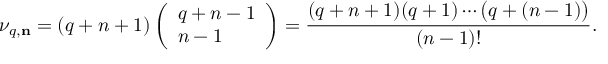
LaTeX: \nu _ { q , { \bf n } } = ( q + n + 1 ) \left( \begin{array} { l } { { q + n - 1 } } \\ { { n - 1 } } \end{array} \right) = { \frac { ( q + n + 1 ) ( q + 1 ) \cdots \bigl ( q + ( n - 1 ) \bigr ) } { ( n - 1 ) ! } } .